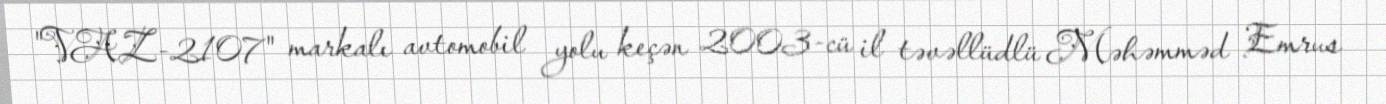
"VAZ-2107" markalı avtomobil yolu keçən 2003-cü il təvəllüdlü Məhəmməd Emrus